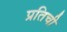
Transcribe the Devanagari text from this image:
प्रतिची